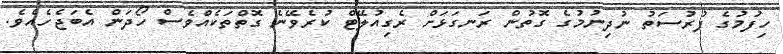
ހިފުމުގެ ފުރުސަތު ނުދިނުމުގެ ގޮތުން ރަނގަޅަށް ރެގިއުލޭޓް ކުރެވޭނެ ގޮތްތަކެއްވެސް ހޯދަން އެބަޖެހެއެވެ.